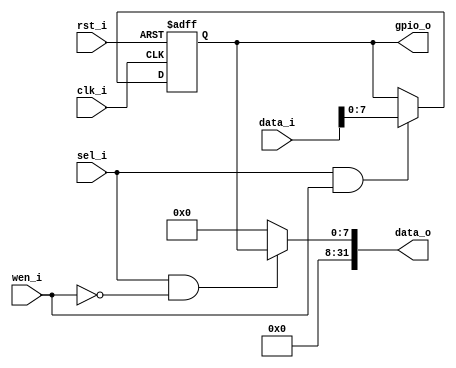
// This program was cloned from: https://github.com/necaticakaci/matrak
// License: MIT License

// Matrak M10 RV32I RISC-V Processor
// Glpare II Architechture 2023
// GPIO Output Module

module gpio (
   input                clk_i,
   input                rst_i,
   input                sel_i,   // Seim sinyali
   input                wen_i,   // Yazma yetkilendirme
   input [31:0]         data_i,  // Veri girii, ilemciden geliyor.
   output [31:0]        data_o,  // Veri k, ilemciye gidiyor.
   output reg [7:0]     gpio_o   // GPIO k pinleri
);

   // evrebirim seilmise ve yazma etkin deilse (okuma etkin) k kaydedicisinin deerini ilemciye gnder.
   assign data_o = (sel_i & !wen_i) ? {24'b0, gpio_o} : 32'b0;

   always @(posedge clk_i, posedge rst_i) begin
      if (rst_i) begin // klar sfrlanyor.
         gpio_o <= 8'b0;
      end else begin
         // evrebirim seilmise ve yazma etkinse ilemciden gelen deeri k kaydedicisine aktar.
         if (sel_i & wen_i) begin
            gpio_o <= data_i[7:0];
         end
      end
   end

endmodule